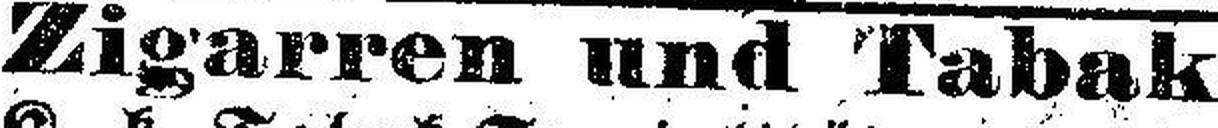
Zigarren und Tabak